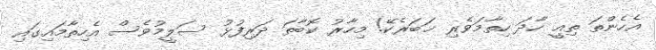
އެހެންތަ ތިއީ ހާދަ ހިތާމަވެރި ޚަބަރެކޭ! މިހާރު ކޮބާތަ ދަރިފުޅު ސަލީމުވެސް އެހިތާމައިގައި